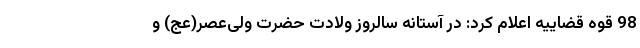
98 قوه قضاییه اعلام کرد: در آستانه سالروز ولادت حضرت ولی‌عصر(عج) و